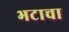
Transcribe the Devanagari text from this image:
भटाचा